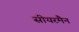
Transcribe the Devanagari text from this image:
सीयरमैन